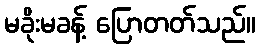
မခိုးမခန့် ပြောတတ်သည်။